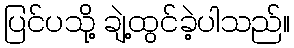
ပြင်ပသို့ ချဲ့ထွင်ခဲ့ပါသည်။